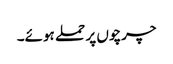
چرچوں پر حملے ہوئے۔